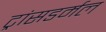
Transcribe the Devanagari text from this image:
ट्रांसडर्मल